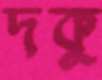
দকু